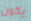
يكون